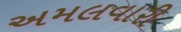
અમલવારી